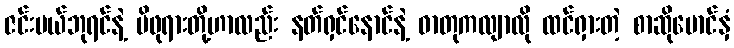
ဇင်းမယ်ဘုရင်နဲ့ မိဖုရားတို့ဟာလည်း နတ်ရှင်နောင်နဲ့ ဓာတုကလျာလို ထင်ရှားတဲ့ စာဆိုမောင်နှံ